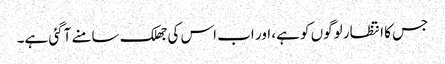
جس کا انتظار لوگوں کو ہے، اور اب اس کی جھلک سامنے آگئی ہے۔